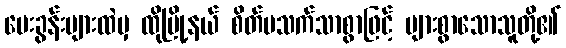
မေးခွန်းများထဲမှ ထိုမြို့နယ် စိတ်မသက်သာစွာဖြင့် များစွာသောသူတို့၏